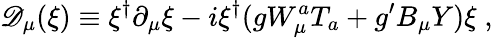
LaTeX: {\cal\mathscr{D}}_{\mu}(\xi)\equiv\xi^{\dagger}\partial_{\mu}\xi-i\xi^{\dagger}(gW_{\mu}^{a}T_{a}+g^{\prime}B_{\mu}Y)\xi\; ,